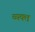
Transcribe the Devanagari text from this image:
व्‍यक्‍त